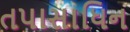
તપાસાધિન